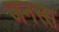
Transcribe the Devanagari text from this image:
जनस्स